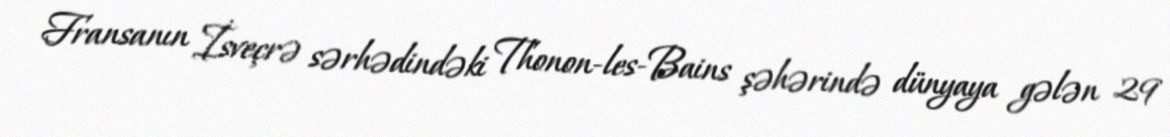
Fransanın İsveçrə sərhədindəki Thonon-les-Bains şəhərində dünyaya gələn 29